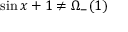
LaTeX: \sin x + 1 \not = \Omega _ { - } ( 1 )